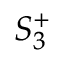
S _ { 3 } ^ { + }